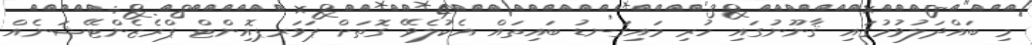
މި ބައްދަލުވުމުގައި ޤާނޫނުގައި ހުރި މައިގަނޑު ބައިތައް އެކުލެވޭ ގޮތަށް ޕަވަރޕޮއިންޓް ޕްރެޒެންޓޭޝަނެއް